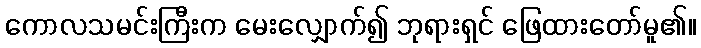
ကောလသမင်းကြီးက မေးလျှောက်၍ ဘုရားရှင် ဖြေထားတော်မူ၏။